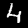
Label: 4